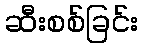
ဆီးစစ်ခြင်း